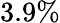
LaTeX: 3.9\%